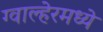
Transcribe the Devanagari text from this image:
ग्वाल्हेरमध्ये